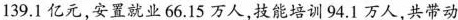
139.1亿元，安置就业66.15万人，技能培训94。1万人，共带动